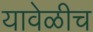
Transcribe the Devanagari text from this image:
यावेळीच